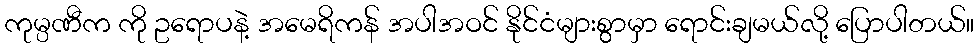
ကုမ္ပဏီက ကို ဥရောပနဲ့ အမေရိကန် အပါအဝင် နိုင်ငံများစွာမှာ ရောင်းချမယ်လို့ ပြောပါတယ်။